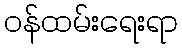
ဝန်ထမ်းရေးရာ